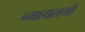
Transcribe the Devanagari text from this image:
न्यायलयो